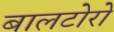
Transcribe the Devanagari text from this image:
बालटोरो